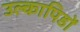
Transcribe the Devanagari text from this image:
उल्कापिडों